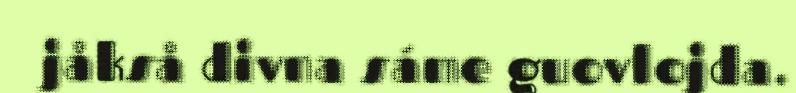
jåkså divna sáme guovlojda.